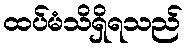
ထပ်မံသိရှိရသည်